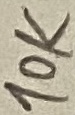
Text: 10K